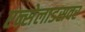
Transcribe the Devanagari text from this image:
एन्सेलाडसवर